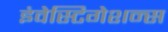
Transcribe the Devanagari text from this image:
इंवेस्टिगेशन्स